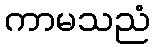
ကာမသညံ